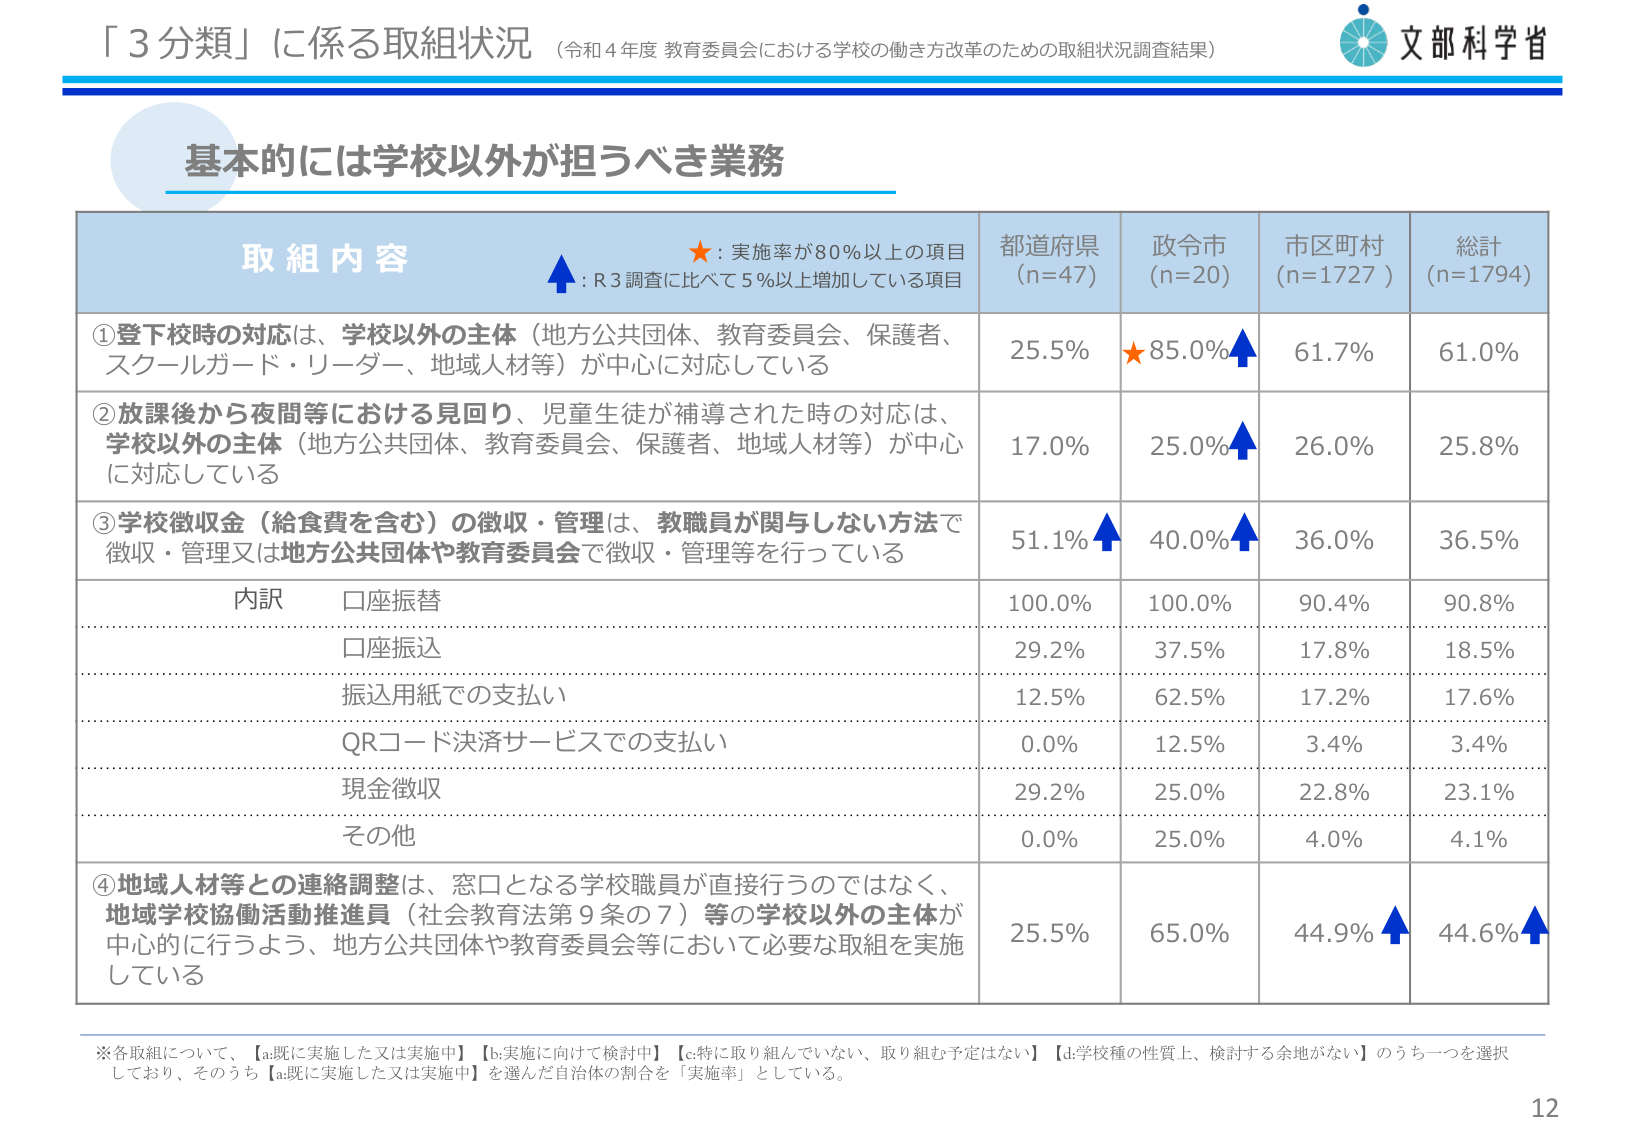
「３分類」に係る取組状況（令和４年度 教育委員会における学校の働き方改革のための取組状況調査結果）

文部科学省

基本的には学校以外が担うべき業務

取組内容
★：実施率が80％以上の項目
↑：R3調査に比べて5％以上増加している項目

都道府県（n=47）　政令市（n=20）　市区町村（n=1727）　総計（n=1794）

①登下校時の対応は、学校以外の主体（地方公共団体、教育委員会、保護者、スクールガード・リーダー、地域人材等）が中心に対応している
25.5%　★85.0%↑　61.7%　61.0%

②放課後から夜間等における見回り、児童生徒が補導された時の対応は、学校以外の主体（地方公共団体、教育委員会、保護者、地域人材等）が中心に対応している
17.0%　25.0%↑　26.0%　25.8%

③学校徴収金（給食費を含む）の徴収・管理は、教職員が関与しない方法で徴収・管理又は地方公共団体や教育委員会で徴収・管理等を行っている
51.1%↑　40.0%↑　36.0%　36.5%

内訳　口座振替　100.0%　100.0%　90.4%　90.8%
　　　口座振込　29.2%　37.5%　17.8%　18.5%
　　　振込用紙での支払い　12.5%　62.5%　17.2%　17.6%
　　　QRコード決済サービスでの支払い　0.0%　12.5%　3.4%　3.4%
　　　現金徴収　29.2%　25.0%　22.8%　23.1%
　　　その他　0.0%　25.0%　4.0%　4.1%

④地域人材等との連絡調整は、窓口となる学校職員が直接行うのではなく、地域学校協働活動推進員（社会教育法第9条の7）等の学校以外の主体が中心的に行うよう、地方公共団体や教育委員会等において必要な取組を実施している
25.5%　65.0%　44.9%↑　44.6%↑

※各取組について、【a.既に実施した又は実施中】【b.実施に向けて検討中】【c.特に取り組んでいない、取り組む予定はない】【d.学校種の性質上、検討する余地がない】のうち一つを選択しており、そのうち【a.既に実施した又は実施中】を選んだ自治体の割合を「実施率」としている。

12